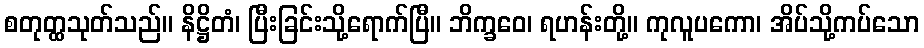
စတုတ္ထသုတ်သည်။ နိဋ္ဌိတံ၊ ပြီးခြင်းသို့ရောက်ပြီ။ ဘိက္ခဝေ၊ ရဟန်းတို့။ ကုလူပကော၊ အိပ်သို့ကပ်သော